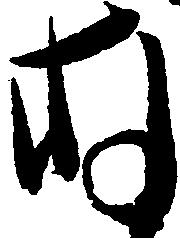
存